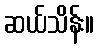
ဆယ်သိန်း။